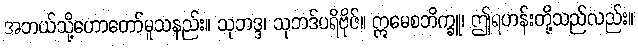
အဘယ်သို့ဟောတော်မူသနည်း။ သုဘဒ္ဒ၊ သုဘဒ်ပရိဗိုဇ်။ ဣမေစဘိက္ခူ၊ ဤရဟန်းတို့သည်လည်း။